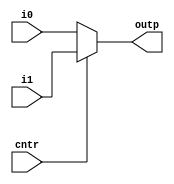
module mux21(outp,i0,i1,cntr);
  output [31:0] outp;
  input [31:0] i0,i1;
  input cntr;
  assign outp = cntr ? i1 :i0;
endmodule